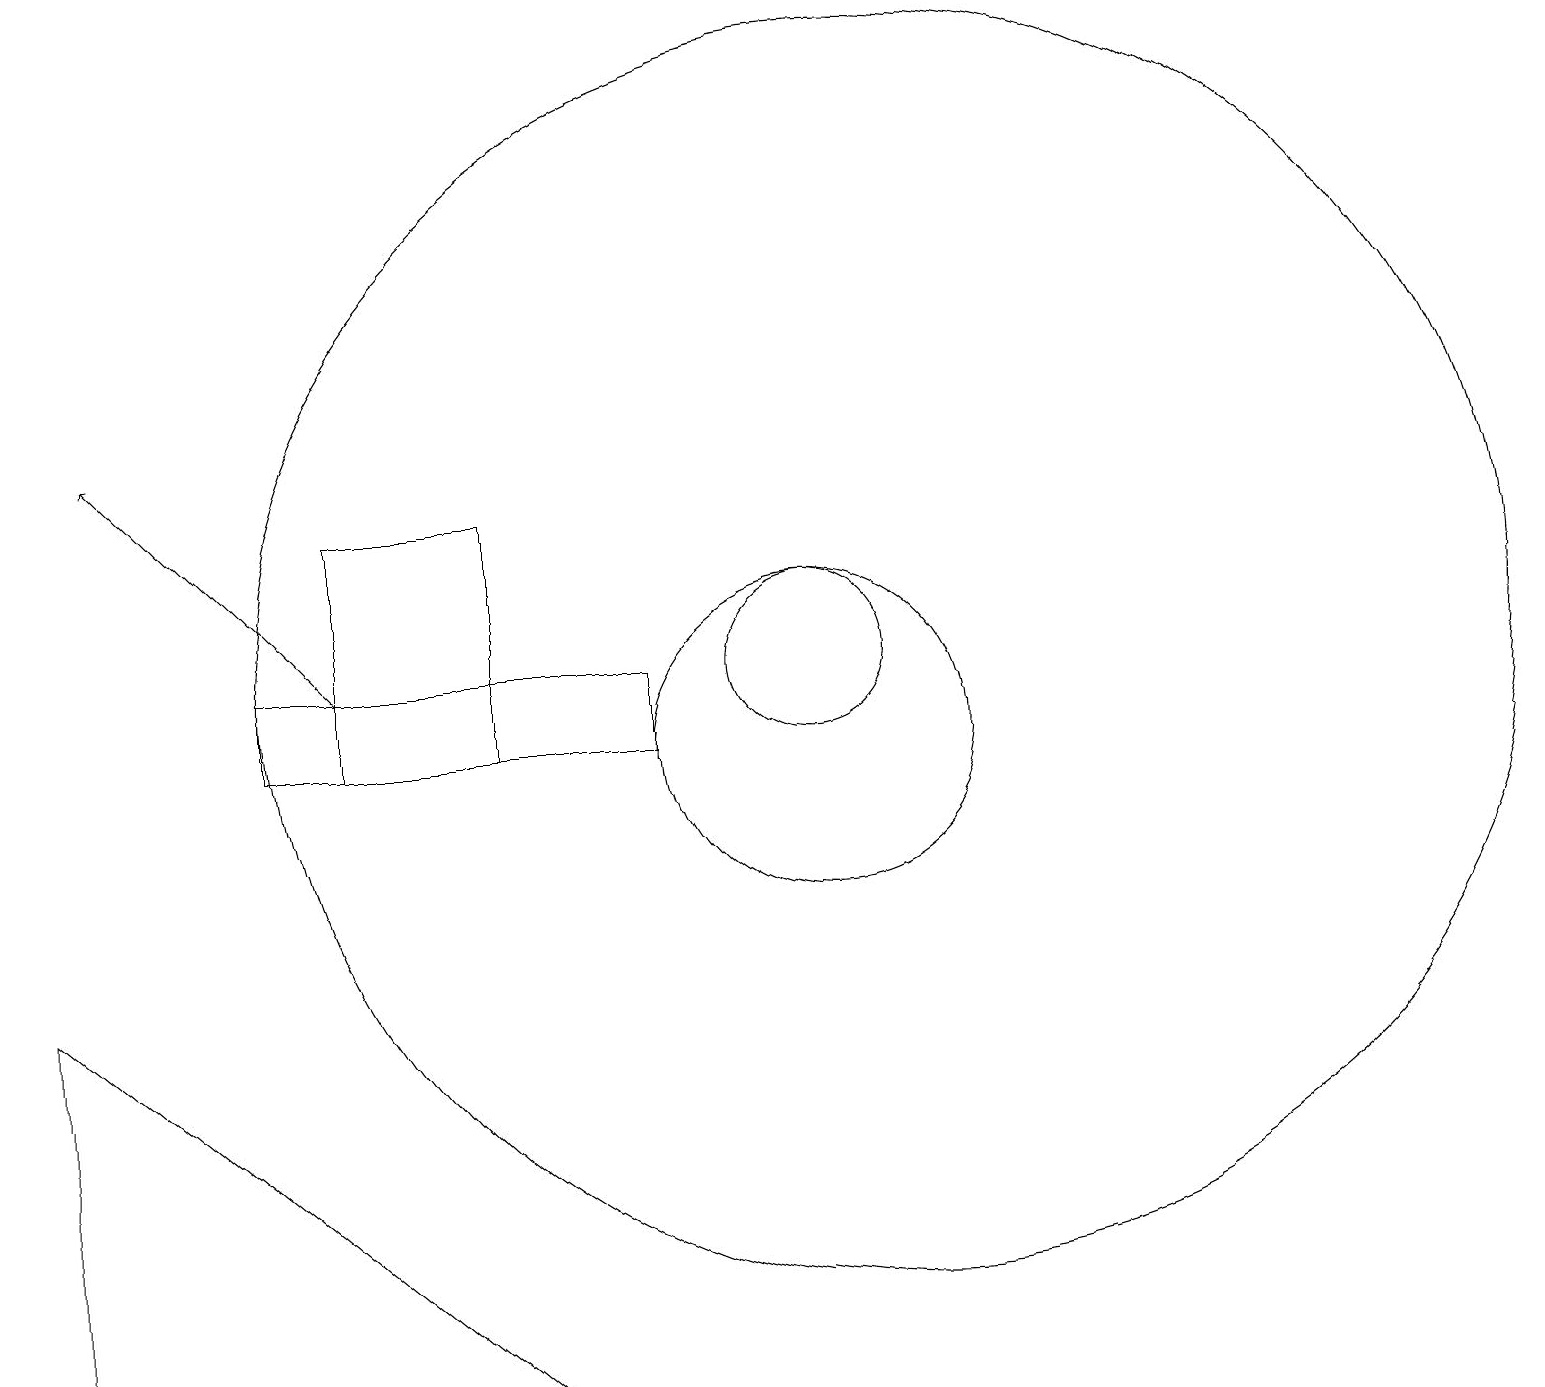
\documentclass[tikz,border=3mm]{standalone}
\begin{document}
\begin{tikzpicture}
\draw (1,7) -- (7,2) -- (1,2) -- cycle;
\draw (11,11) circle (1);
\draw (11,10) circle (2);
\draw (4,10) rectangle (9,11);
\draw (7,13) rectangle (5,10);
\draw[->] (5,11) -- (2,14);
\draw (12,11) circle (8);
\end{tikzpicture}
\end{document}